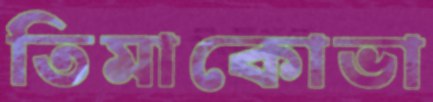
তিমাকোভা